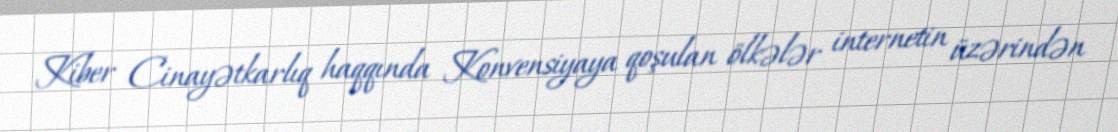
Kiber Cinayətkarlıq haqqında Konvensiyaya qoşulan ölkələr internetin üzərindən